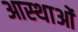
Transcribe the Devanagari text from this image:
आस्‍थाओं